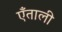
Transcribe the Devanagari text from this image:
एँताली